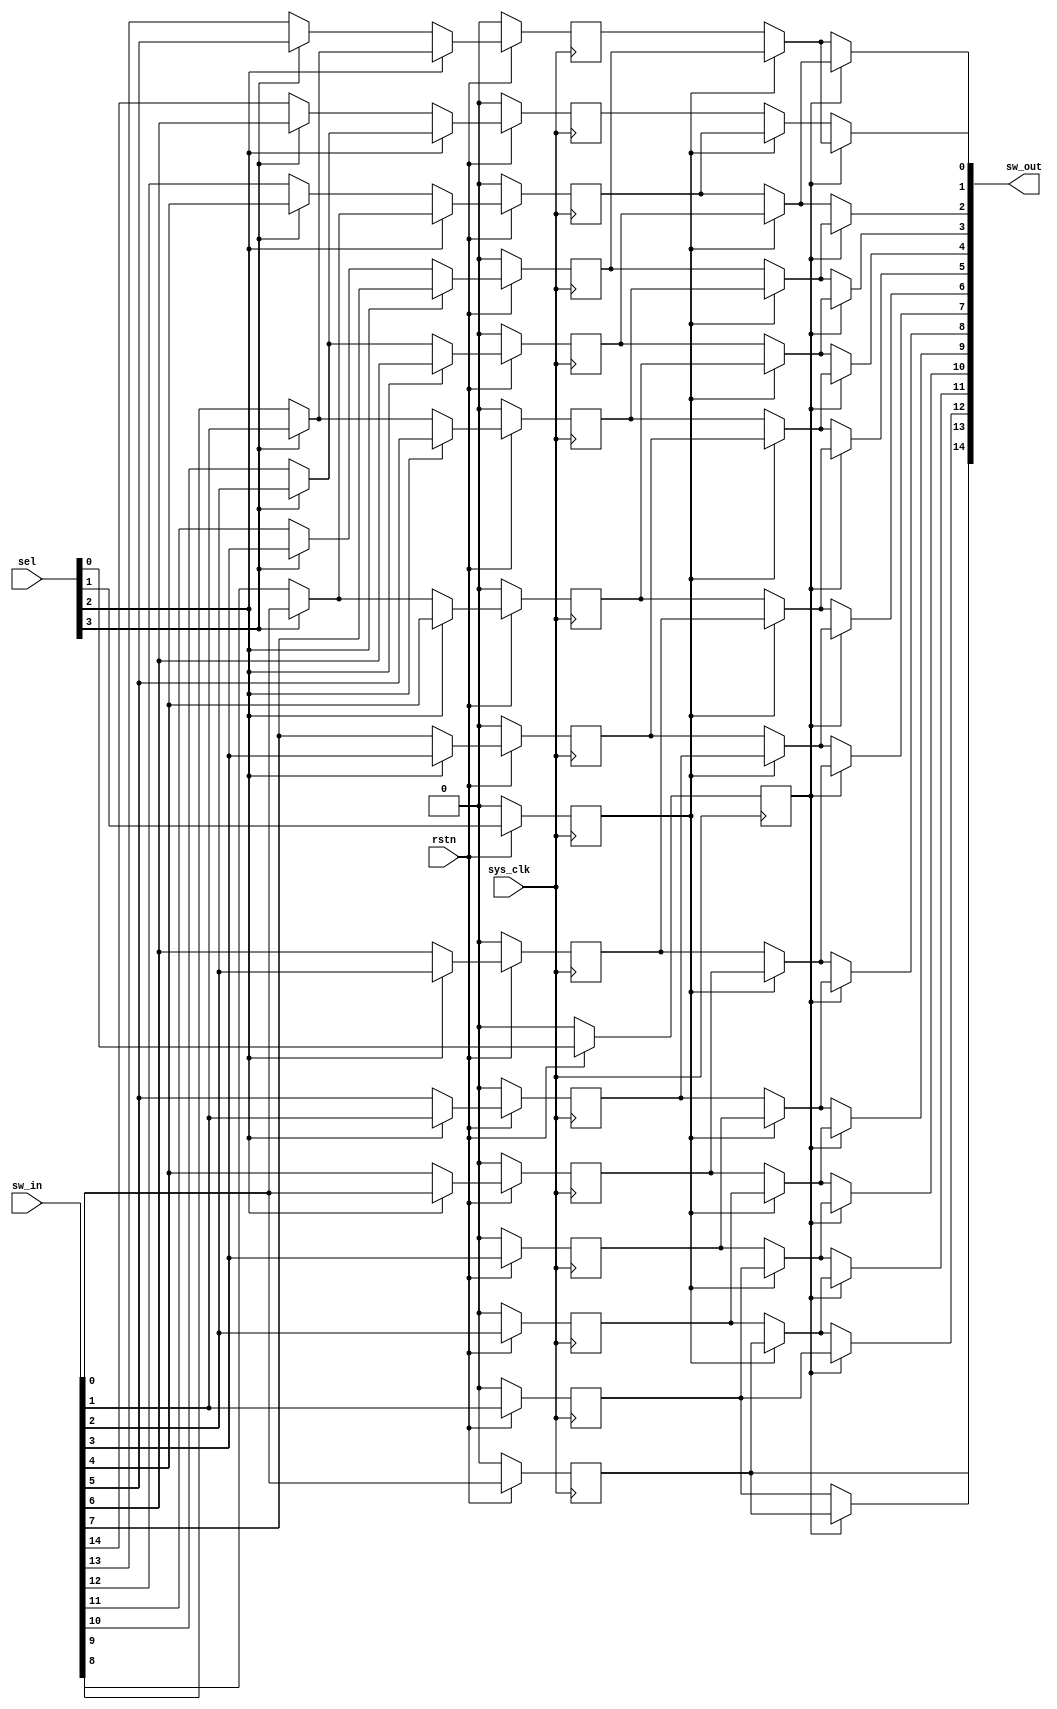
module qsn_right_len15 (
	output wire [14:0] sw_out,

	input wire [14:0] sw_in,
	input wire [3:0] sel,
	input wire sys_clk,
	input wire rstn
);

	// Multiplexer Stage 3
	wire [6:0] mux_stage_3;
	assign mux_stage_3[0] = (sel[3] == 1'b1) ? sw_in[6] : sw_in[14];
	assign mux_stage_3[1] = (sel[3] == 1'b1) ? sw_in[5] : sw_in[13];
	assign mux_stage_3[2] = (sel[3] == 1'b1) ? sw_in[4] : sw_in[12];
	assign mux_stage_3[3] = (sel[3] == 1'b1) ? sw_in[3] : sw_in[11];
	assign mux_stage_3[4] = (sel[3] == 1'b1) ? sw_in[2] : sw_in[10];
	assign mux_stage_3[5] = (sel[3] == 1'b1) ? sw_in[1] : sw_in[9];
	assign mux_stage_3[6] = (sel[3] == 1'b1) ? sw_in[0] : sw_in[8];

	// Multiplexer Stage 2
	reg [10:0] mux_stage_2;
	always @(posedge sys_clk) begin if(!rstn) mux_stage_2[0] <= 0; else if(sel[2] == 1'b1) mux_stage_2[0] <= mux_stage_3[4]; else mux_stage_2[0] <= mux_stage_3[0]; end
	always @(posedge sys_clk) begin if(!rstn) mux_stage_2[1] <= 0; else if(sel[2] == 1'b1) mux_stage_2[1] <= mux_stage_3[5]; else mux_stage_2[1] <= mux_stage_3[1]; end
	always @(posedge sys_clk) begin if(!rstn) mux_stage_2[2] <= 0; else if(sel[2] == 1'b1) mux_stage_2[2] <= mux_stage_3[6]; else mux_stage_2[2] <= mux_stage_3[2]; end
	always @(posedge sys_clk) begin if(!rstn) mux_stage_2[3] <= 0; else if(sel[2] == 1'b1) mux_stage_2[3] <= sw_in[7]; else mux_stage_2[3] <= mux_stage_3[3]; end
	always @(posedge sys_clk) begin if(!rstn) mux_stage_2[4] <= 0; else if(sel[2] == 1'b1) mux_stage_2[4] <= sw_in[6]; else mux_stage_2[4] <= mux_stage_3[4]; end
	always @(posedge sys_clk) begin if(!rstn) mux_stage_2[5] <= 0; else if(sel[2] == 1'b1) mux_stage_2[5] <= sw_in[5]; else mux_stage_2[5] <= mux_stage_3[5]; end
	always @(posedge sys_clk) begin if(!rstn) mux_stage_2[6] <= 0; else if(sel[2] == 1'b1) mux_stage_2[6] <= sw_in[4]; else mux_stage_2[6] <= mux_stage_3[6]; end
	always @(posedge sys_clk) begin if(!rstn) mux_stage_2[7] <= 0; else if(sel[2] == 1'b1) mux_stage_2[7] <= sw_in[3]; else mux_stage_2[7] <= sw_in[7]; end
	always @(posedge sys_clk) begin if(!rstn) mux_stage_2[8] <= 0; else if(sel[2] == 1'b1) mux_stage_2[8] <= sw_in[2]; else mux_stage_2[8] <= sw_in[6]; end
	always @(posedge sys_clk) begin if(!rstn) mux_stage_2[9] <= 0; else if(sel[2] == 1'b1) mux_stage_2[9] <= sw_in[1]; else mux_stage_2[9] <= sw_in[5]; end
	always @(posedge sys_clk) begin if(!rstn) mux_stage_2[10] <= 0; else if(sel[2] == 1'b1) mux_stage_2[10] <= sw_in[0]; else mux_stage_2[10] <= sw_in[4]; end

	reg sw_in_3_reg0; 	always @(posedge sys_clk) begin if(!rstn) sw_in_3_reg0 <= 0; else sw_in_3_reg0 <= sw_in[3]; end
	reg sw_in_2_reg0; 	always @(posedge sys_clk) begin if(!rstn) sw_in_2_reg0 <= 0; else sw_in_2_reg0 <= sw_in[2]; end
	reg sw_in_1_reg0; 	always @(posedge sys_clk) begin if(!rstn) sw_in_1_reg0 <= 0; else sw_in_1_reg0 <= sw_in[1]; end
	reg sw_in_0_reg0; 	always @(posedge sys_clk) begin if(!rstn) sw_in_0_reg0 <= 0; else sw_in_0_reg0 <= sw_in[0]; end

	reg sel_1_reg0;
	always @(posedge sys_clk) begin if(!rstn) sel_1_reg0 <= 0; else sel_1_reg0 <= sel[1]; end	

	// Multiplexer Stage 1
	wire [12:0] mux_stage_1;
	assign mux_stage_1[0] = (sel_1_reg0 == 1'b1) ? mux_stage_2[2] : mux_stage_2[0];
	assign mux_stage_1[1] = (sel_1_reg0 == 1'b1) ? mux_stage_2[3] : mux_stage_2[1];
	assign mux_stage_1[2] = (sel_1_reg0 == 1'b1) ? mux_stage_2[4] : mux_stage_2[2];
	assign mux_stage_1[3] = (sel_1_reg0 == 1'b1) ? mux_stage_2[5] : mux_stage_2[3];
	assign mux_stage_1[4] = (sel_1_reg0 == 1'b1) ? mux_stage_2[6] : mux_stage_2[4];
	assign mux_stage_1[5] = (sel_1_reg0 == 1'b1) ? mux_stage_2[7] : mux_stage_2[5];
	assign mux_stage_1[6] = (sel_1_reg0 == 1'b1) ? mux_stage_2[8] : mux_stage_2[6];
	assign mux_stage_1[7] = (sel_1_reg0 == 1'b1) ? mux_stage_2[9] : mux_stage_2[7];
	assign mux_stage_1[8] = (sel_1_reg0 == 1'b1) ? mux_stage_2[10] : mux_stage_2[8];
	assign mux_stage_1[9] = (sel_1_reg0 == 1'b1) ? sw_in_3_reg0 : mux_stage_2[9];
	assign mux_stage_1[10] = (sel_1_reg0 == 1'b1) ? sw_in_2_reg0 : mux_stage_2[10];
	assign mux_stage_1[11] = (sel_1_reg0 == 1'b1) ? sw_in_1_reg0 : sw_in_3_reg0;
	assign mux_stage_1[12] = (sel_1_reg0 == 1'b1) ? sw_in_0_reg0 : sw_in_2_reg0;


	reg sel_0_reg0;
	always @(posedge sys_clk) begin if(!rstn) sel_0_reg0 <= 0; else sel_0_reg0 <= sel[0]; end	

	// Multiplexer Stage 0
	wire [13:0] mux_stage_0;
	assign mux_stage_0[0] = (sel_0_reg0 == 1'b1) ? mux_stage_1[1] : mux_stage_1[0];
	assign mux_stage_0[1] = (sel_0_reg0 == 1'b1) ? mux_stage_1[2] : mux_stage_1[1];
	assign mux_stage_0[2] = (sel_0_reg0 == 1'b1) ? mux_stage_1[3] : mux_stage_1[2];
	assign mux_stage_0[3] = (sel_0_reg0 == 1'b1) ? mux_stage_1[4] : mux_stage_1[3];
	assign mux_stage_0[4] = (sel_0_reg0 == 1'b1) ? mux_stage_1[5] : mux_stage_1[4];
	assign mux_stage_0[5] = (sel_0_reg0 == 1'b1) ? mux_stage_1[6] : mux_stage_1[5];
	assign mux_stage_0[6] = (sel_0_reg0 == 1'b1) ? mux_stage_1[7] : mux_stage_1[6];
	assign mux_stage_0[7] = (sel_0_reg0 == 1'b1) ? mux_stage_1[8] : mux_stage_1[7];
	assign mux_stage_0[8] = (sel_0_reg0 == 1'b1) ? mux_stage_1[9] : mux_stage_1[8];
	assign mux_stage_0[9] = (sel_0_reg0 == 1'b1) ? mux_stage_1[10] : mux_stage_1[9];
	assign mux_stage_0[10] = (sel_0_reg0 == 1'b1) ? mux_stage_1[11] : mux_stage_1[10];
	assign mux_stage_0[11] = (sel_0_reg0 == 1'b1) ? mux_stage_1[12] : mux_stage_1[11];
	assign mux_stage_0[12] = (sel_0_reg0 == 1'b1) ? sw_in_1_reg0 : mux_stage_1[12];
	assign mux_stage_0[13] = (sel_0_reg0 == 1'b1) ? sw_in_0_reg0 : sw_in_1_reg0;

	assign sw_out[14:0] = {sw_in_0_reg0, mux_stage_0[13:0]};
endmodule